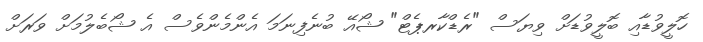
ހޮލީވުޑާއި ބޮލީވުޑަށް ވިޔަސް "ރެޑްކާރޕެޓް" ޝޯއޭ ބުނެފިނަމަ އެންމެންވެސް އެ ޝޯބެލުމަށް ވަރަށް